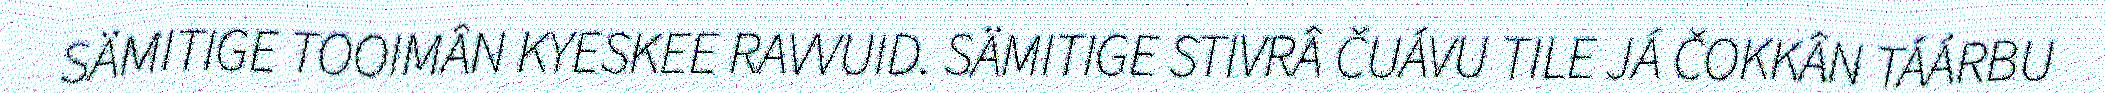
SÄMITIGE TOOIMÂN KYESKEE RAVVUID. SÄMITIGE STIVRÂ ČUÁVU TILE JÁ ČOKKÂN TÁÁRBU